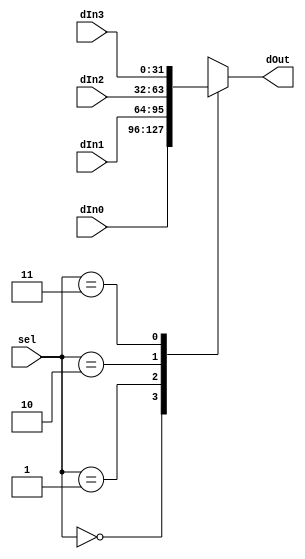
module Mux4to1 (sel, dIn0, dIn1, dIn2, dIn3, dOut);
	parameter DATA_BIT_WIDTH = 32;
	
	input [1:0] sel;
	input [DATA_BIT_WIDTH - 1: 0] dIn0;
	input [DATA_BIT_WIDTH - 1: 0] dIn1;
	input [DATA_BIT_WIDTH - 1: 0] dIn2;
	input [DATA_BIT_WIDTH - 1: 0] dIn3;
	
	output reg [DATA_BIT_WIDTH - 1: 0] dOut;
	
	always @ (*) begin
		case(sel)
			2'd0: dOut <= dIn0;
			2'd1: dOut <= dIn1;
			2'd2: dOut <= dIn2;
			2'd3: dOut <= dIn3;
		endcase
	end
	
endmodule